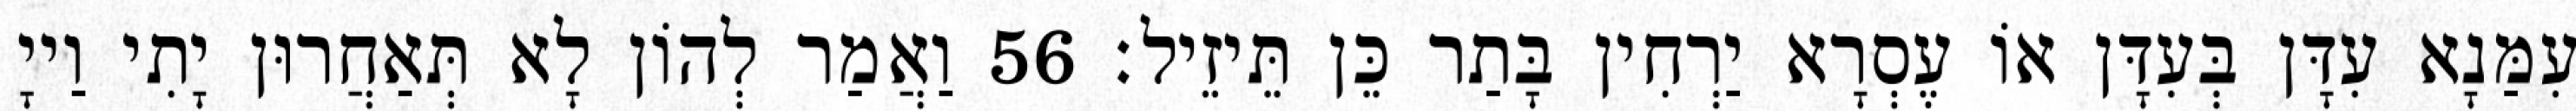
עִמַּנָא עִדָּן בְּעִדָּן אוֹ עֶסְרָא יַרְחִין בָּתַר כֵּן תֵּיזֵיל׃ 56 וַאֲמַר לְהוֹן לָא תְּאַחֲרוּן יָתִי וַייָ